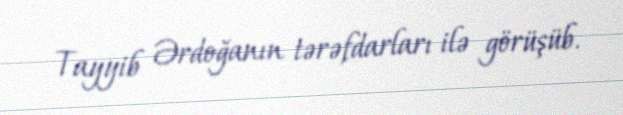
Tayyib Ərdoğanın tərəfdarları ilə görüşüb.